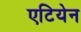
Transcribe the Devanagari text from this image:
एटियेन